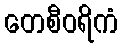
တေစီဝရိကံ